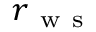
r _ { \mathrm { ~ w ~ s ~ } }